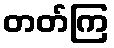
တတ်ကြ